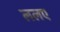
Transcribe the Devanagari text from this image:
ललए